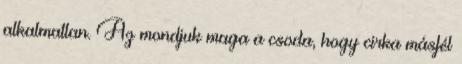
alkalmatlan. Az mondjuk maga a csoda, hogy cirka másfél